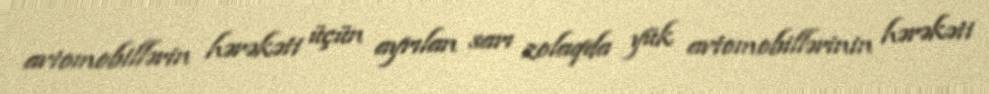
avtomobillərin hərəkəti üçün ayrılan sarı zolaqda yük avtomobillərinin hərəkəti